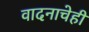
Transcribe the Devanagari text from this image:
वादनाचेही